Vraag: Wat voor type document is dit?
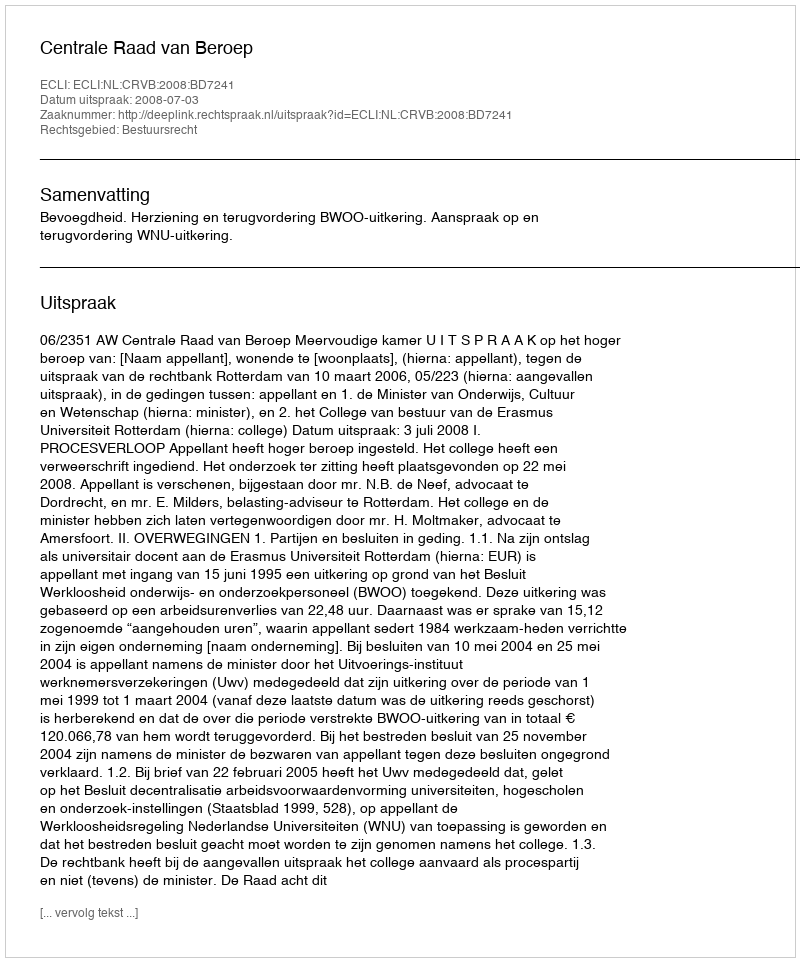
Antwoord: Uitspraak